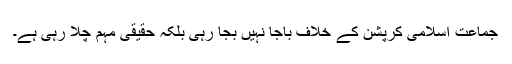
جماعت اسلامی کرپشن کے خلاف باجا نہیں بجا رہی بلکہ حقیقی مہم چلا رہی ہے۔